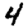
Digit: 4